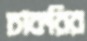
চাকরির